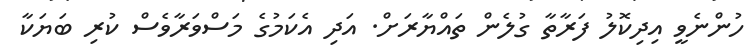
ހުންނެވީ އިދިކޮލު ފަރާތާ ގުލެން ތައްޔާރަށް. އަދި އެކަމުގެ މަސްވަރާވެސް ކުރި ބަޔަކާ